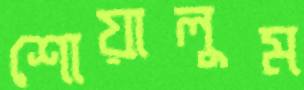
শোয়ালুম